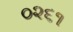
૦૨૬૧